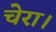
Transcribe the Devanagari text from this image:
चेरा।